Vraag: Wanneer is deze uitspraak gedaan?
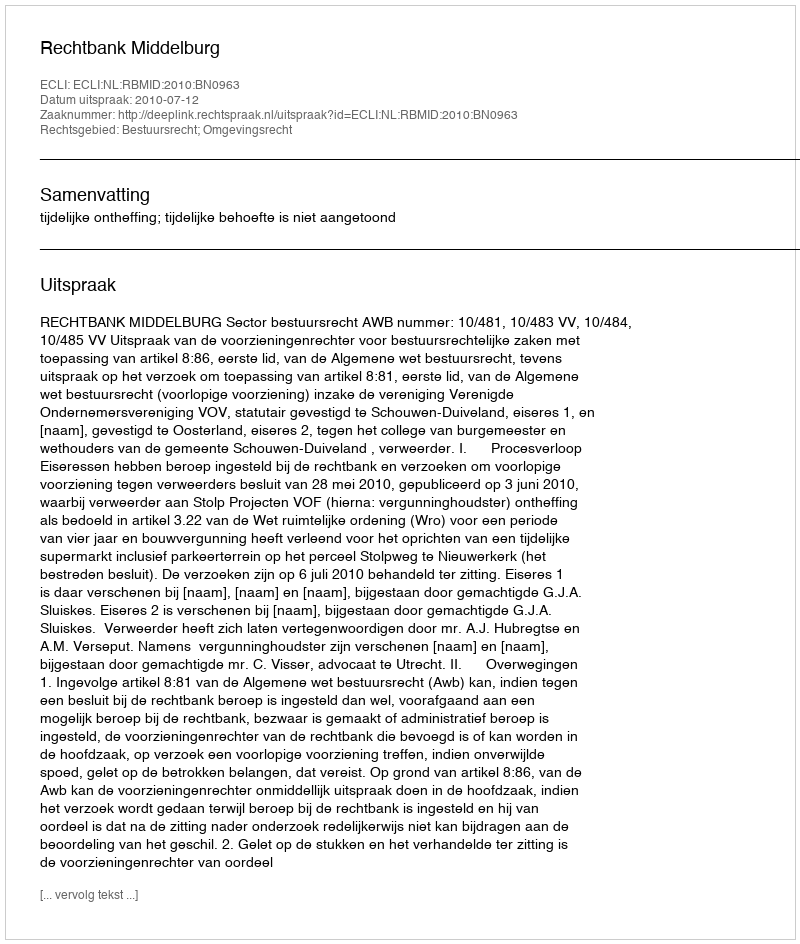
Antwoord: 2010-07-12